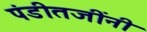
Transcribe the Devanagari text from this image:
पंडीतजींनी